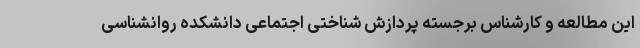
این مطالعه و کارشناس برجسته پردازش شناختی اجتماعی دانشکده روانشناسی